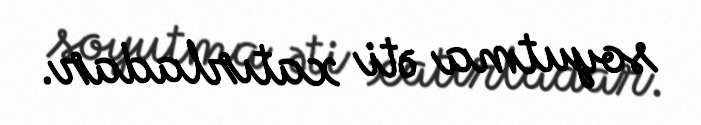
soyutma əti xatırladar.